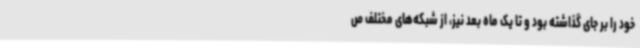
خود را بر جای گذاشته بود و تا یک ماه بعد نیز، از شبکه‌های مختلف ص